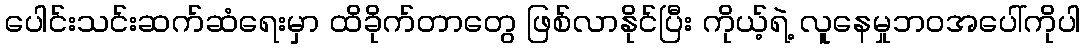
ပေါင်းသင်းဆက်ဆံရေးမှာ ထိခိုက်တာတွေ ဖြစ်လာနိုင်ပြီး ကိုယ့်ရဲ့ လူနေမှုဘဝအပေါ်ကိုပါ